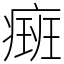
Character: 㿀